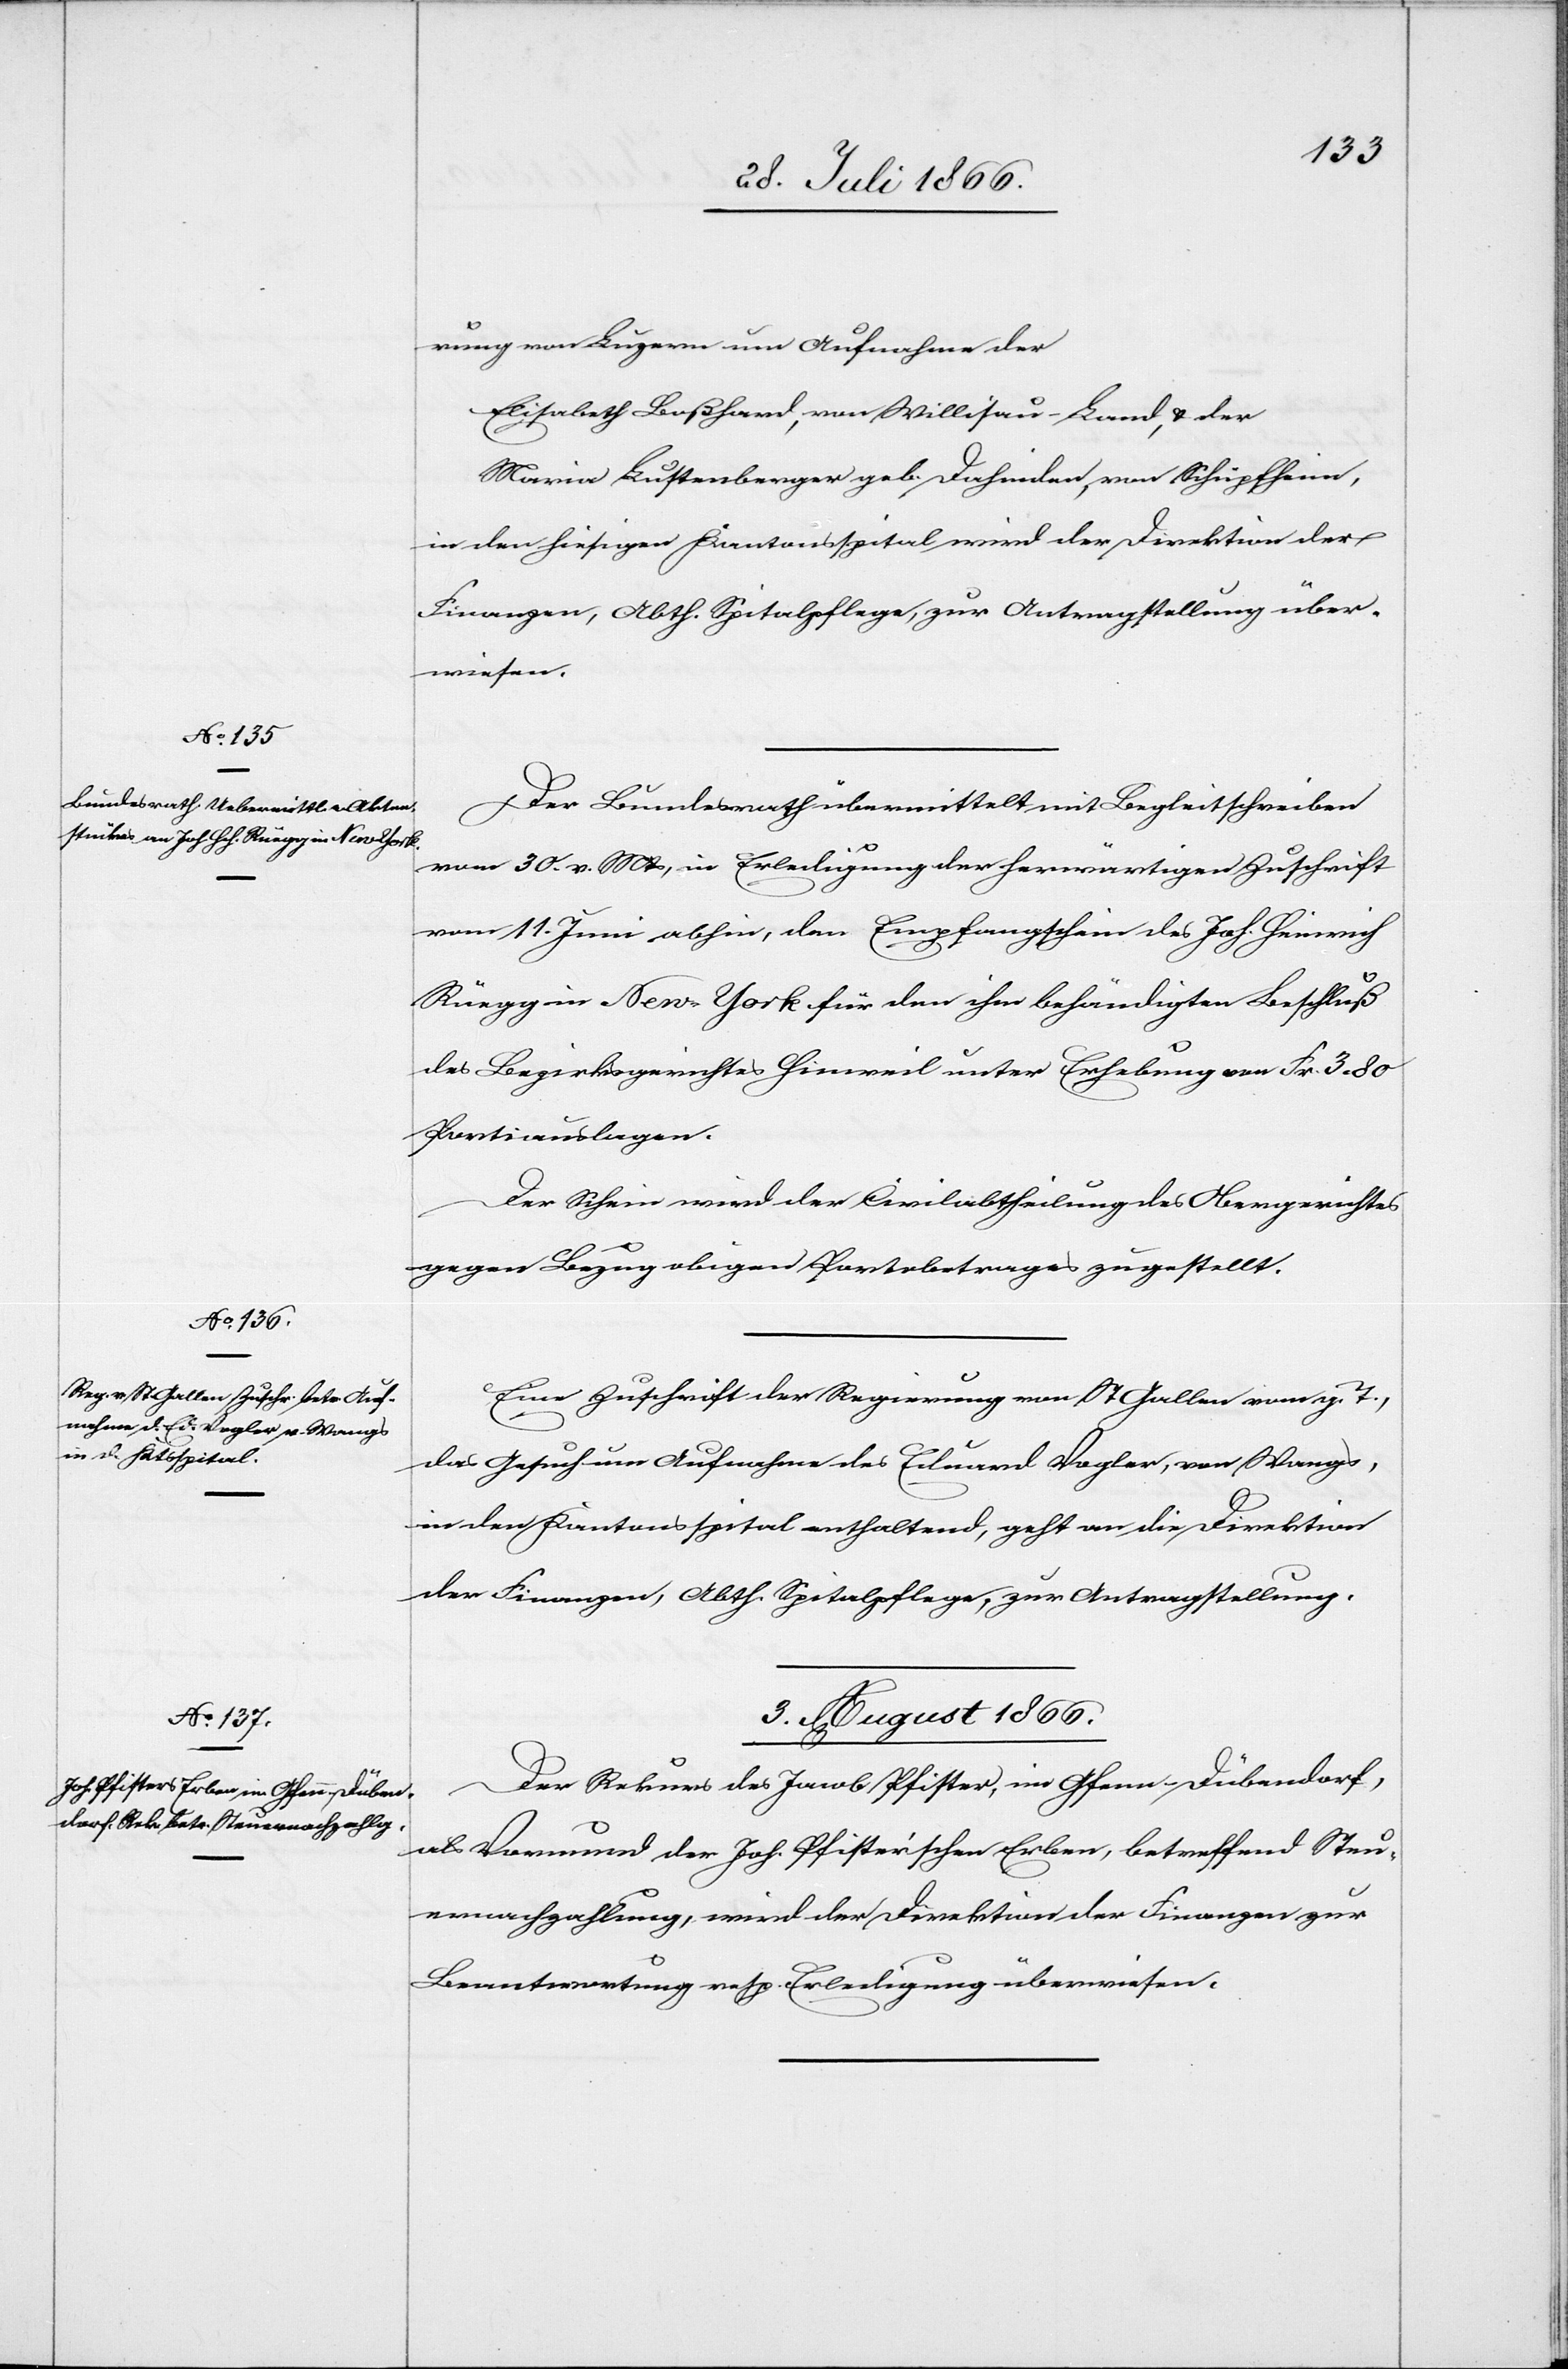
rung von Luzern um Aufnahme der
Elisabetha Boßhard, von Willisau-Land, u. der
Maria Lustenberger geb Dahinden, von Schüpfheim,
in den hiesigen Kantonsspital wird der Direktion der
Finanzen, Abth. Spitalpflege, zur Antragstellung über¬
wiesen.
Der Bundesrath übermittelt mit Begleitschreiben
vom 30. v. Mts., in Erledigung der herwärtigen Zuschrift
vom 11. Juni abhin, den Empfangschein des Joh. Heinrich
Rüegg in New-York für den ihm behändigten Beschluß
des Bezirksgerichtes Hinweil unter Erhebung von Fr. 3.80
Portiauslagen.
Der Schein wird der Civilabtheilung des Obergerichtes
gegen Bezug obigen Portobetrages zugestellt.
Eine Zuschrift der Regierung von St. Gallen vom g. T.,
das Gesuch um Aufnahme des Edmund Vogler, von Wangs,
in den Kantonsspital enthaltend, geht an die Direktion
der Finanzen, Abth. Spitalpflege, zur Antragstellung.
3. August 1866.
Der Rekurs des Jacob Pfister, im Gfenn-Dübendorf,
als Vormund der Joh. Pfister’schen Erben, betreffend Steu¬
ernachzahlung, wird der Direktion der Finanzen zur
Beantwortung resp. Erledigung überwiesen.